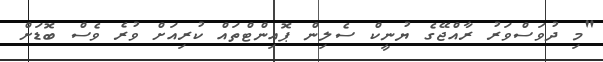
"މި ދުވަސްވަރު ރާއްޖޭގެ ޔުނީކް ސެލިން ޕޮއިންޓްތައް ކުރިއަށް ވުރެ ވެސް ބޮޑަށް